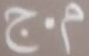
م.ج